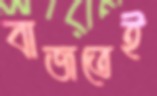
বাজতেই